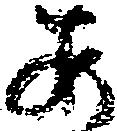
あ